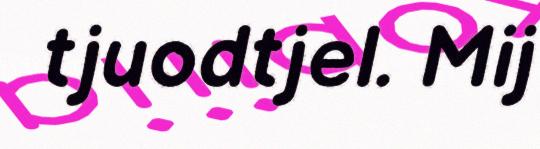
tjuodtjel. Mij